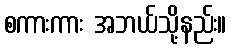
စကားကား အဘယ်သို့နည်း။